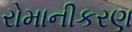
રોમાનીકરણ